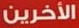
الأخرين